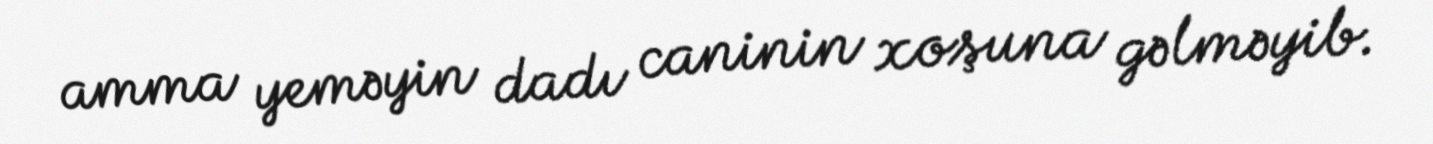
amma yeməyin dadı caninin xoşuna gəlməyib.